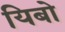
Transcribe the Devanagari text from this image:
यिबो